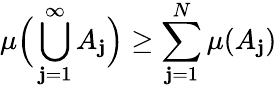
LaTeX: \mu{\Big(}\bigcup_{\mathbf{j}=1}^{\infty}A_{\mathbf{j}}{\Big)}\geq\sum_{\mathbf{j}=1}^{N}\mu(A_{\mathbf{j}})